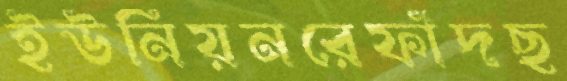
ইউনিয়নরেফাঁদছ